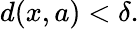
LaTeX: d(x,a)<\delta.